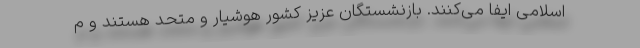
اسلامی ایفا می‌کنند. بازنشستگان عزیز کشور هوشیار و متحد هستند و م